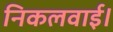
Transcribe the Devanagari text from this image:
निकलवाई।